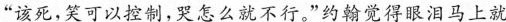
“该死，笑可以控制，哭怎么就不行。”约翰觉得眼泪马上就